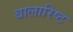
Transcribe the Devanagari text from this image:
बालारिष्ट